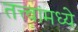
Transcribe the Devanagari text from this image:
तत्त्वांमध्ये